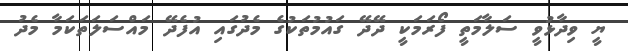
ޔީ ވިދާޅުވީ ސަލާމަތީ ފޯރަމަކީ ދޭދޭ ގައުމުތަކުގެ މެދުގައި އުފެދޭ މައްސަލަތަކަމާ މެދު